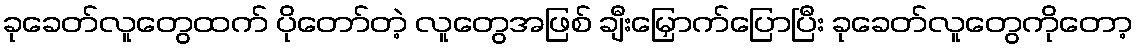
ခုခေတ်လူတွေထက် ပိုတော်တဲ့ လူတွေအဖြစ် ချီးမြှောက်ပြောပြီး ခုခေတ်လူတွေကိုတော့